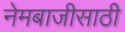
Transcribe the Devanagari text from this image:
नेमबाजीसाठी